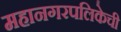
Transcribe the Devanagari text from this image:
महानगरपलिकेची